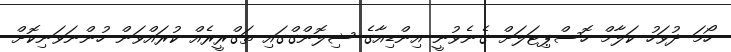
ހޯމަ ދުވަހު ކަލާމް ހޮސްޕިޓަލަށް ގެނެވުނީ އިންޑިއާގެ ޝިލޮންގްގައި ތަގްރީރެއް ކުރައްވަން ހުންނަވަނިކޮށް